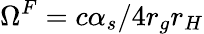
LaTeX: \Omega^{F}=c\alpha_{s}/4r_{g}r_{H}